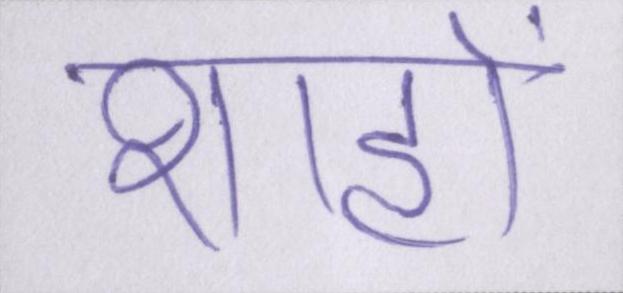
शाहों